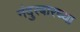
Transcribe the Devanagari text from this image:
नंदुरबारच्या